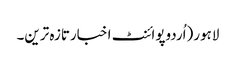
لاہور(اُردوپوائنٹ اخبارتازہ ترین۔